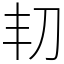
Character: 㓞